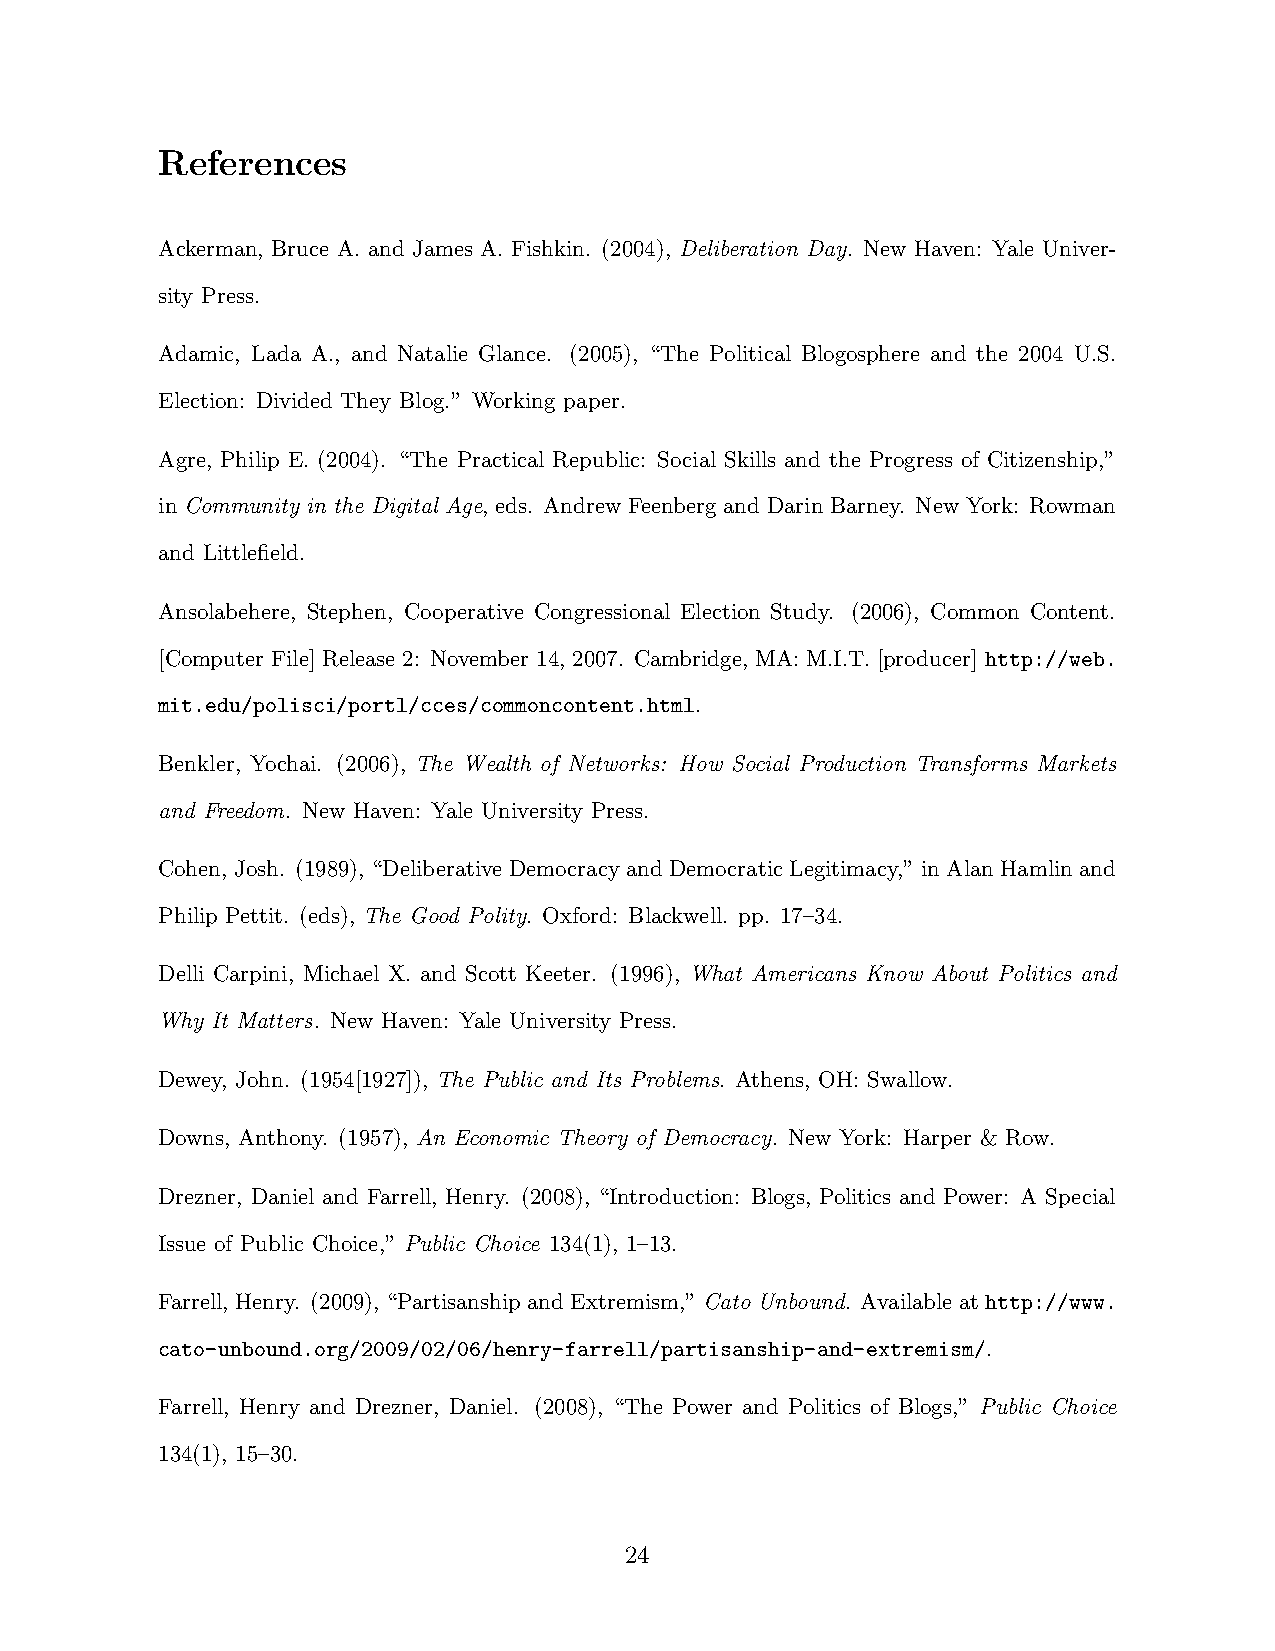
References
 Ackerman, Bruce A. and James A. Fishkin. (2004), Deliberation Day. New Haven: Yale Univer-
 sity Press.
 Adamic, Lada A., and Natalie Glance. (2005), “The Political Blogosphere and the 2004 U.S.
 Election: Divided They Blog.” Working paper.
 Agre, Philip E. (2004). “The Practical Republic: Social Skills and the Progress of Citizenship,”
 in Community in the Digital Age, eds. Andrew Feenberg and Darin Barney. New York: Rowman
 and Littlefield.
 Ansolabehere, Stephen, Cooperative Congressional Election Study. (2006), Common Content.
 [Computer File] Release 2: November 14, 2007. Cambridge, MA: M.I.T. [producer] http://web.
 mit.edu/polisci/portl/cces/commoncontent.html.
 Benkler, Yochai. (2006), The Wealth of Networks: How Social Production Transforms Markets
 and Freedom. New Haven: Yale University Press.
 Cohen, Josh. (1989), “Deliberative Democracy and Democratic Legitimacy,” in Alan Hamlin and
 Philip Pettit. (eds), The Good Polity. Oxford: Blackwell. pp. 17–34.
 Delli Carpini, Michael X. and Scott Keeter. (1996), What Americans Know About Politics and
 Why It Matters. New Haven: Yale University Press.
 Dewey, John. (1954[1927]), The Public and Its Problems. Athens, OH: Swallow.
 Downs, Anthony. (1957), An Economic Theory of Democracy. New York: Harper & Row.
 Drezner, Daniel and Farrell, Henry. (2008), “Introduction: Blogs, Politics and Power: A Special
 Issue of Public Choice,” Public Choice 134(1), 1–13.
 Farrell, Henry. (2009), “PartisanshipandExtremism,” Cato Unbound. Availableathttp://www.
 cato-unbound.org/2009/02/06/henry-farrell/partisanship-and-extremism/.
 Farrell, Henry and Drezner, Daniel. (2008), “The Power and Politics of Blogs,” Public Choice
 134(1), 15–30.
 24